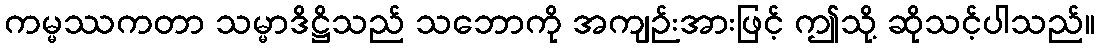
ကမ္မဿကတာ သမ္မာဒိဋ္ဌိသည် သဘောကို အကျဉ်းအားဖြင့် ဤသို့ ဆိုသင့်ပါသည်။